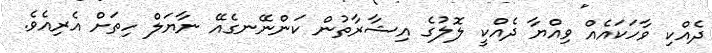
ދެއްކި ވާހަކައެއް ވިއްޔާ ދެއްކީ ލޮލުގެ އިޝާރާތުން ކަންނޭނގެއޭ ނާޔަލް ހިތަށް އެރިއެވެ.